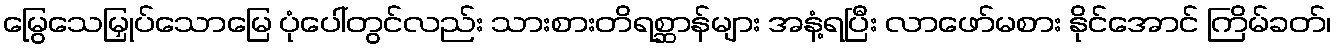
မြွေသေမြှုပ်သောမြေ ပုံပေါ်တွင်လည်း သားစားတိရစ္ဆာန်များ အနံ့ရပြီး လာဖော်မစား နိုင်အောင် ကြိမ်ခတ်၊